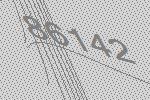
86142